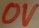
Text: 0V